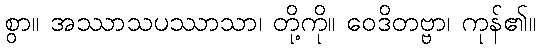
စွာ။ အဿာသပဿာသာ၊ တို့ကို။ ဝေဒိတဗ္ဗာ၊ ကုန်၏။